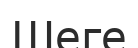
Шеге